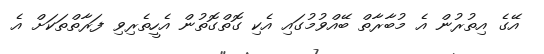
އޭގެ އިތުރުން އެ މުބާރާތް ބޭއްވުމުގައި އެކި ގޮތްގޮތުން އެހީތެރިވި ފަރާތްތަކަށް އެ